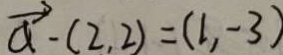
\overrightarrow { a } - ( 2 , 2 ) = ( 1 , - 3 )